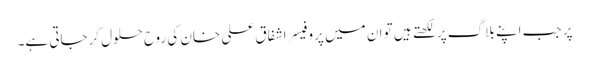
پر جب اپنے بلاگ پر لکھتے ہیں تو ان میں پروفیسر اشفاق علی خان کی روح حلول کرجاتی ہے۔